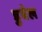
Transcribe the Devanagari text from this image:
डुबेल